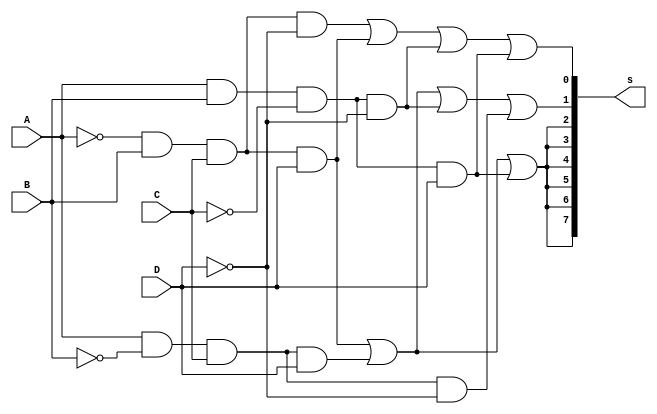
 module chaves(
	//+1
	input A,
	//+2
	input B,
	//+3
	input C,
	//negativo
	input D,

	//saida
	output [7:0]s
);

//Valores para as saidas

assign s[1]= (~A & B & C & D) | (A & ~B & C & D) | (A & B & ~C & ~D) |(A & ~B & C & ~D);
assign s[0] = (~A & B & C & ~D) | (~A & B & C & D) | (A & B & ~C & ~D) | (A & B & ~C & D);

wire aux = (~A & B & C & D) | (A & ~B & C & D) | (A & B & ~C & D);

assign s[2]=aux;
assign s[3]=aux;
assign s[4]=aux;
assign s[5]=aux;
assign s[6]=aux;
assign s[7]=aux;

//Testes deste arquivo se encontram no Waveform.vwf
endmodule